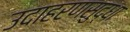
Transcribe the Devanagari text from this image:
उदाहरणसुद्धा